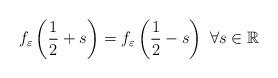
LaTeX: \begin{align*}f_{\varepsilon}\left( \frac{1}{2}+s\right) =f_{\varepsilon}\left( \frac{1}{2}-s\right) ~\forall s\in\mathbb{R} \end{align*}